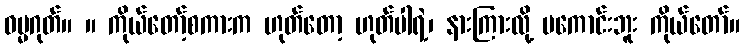
ဓမ္မဂုတ်။ ။ ကိုယ်တော့်စကားက ဟုတ်တော့ ဟုတ်ပါရဲ့၊ နားကြားလို့ မကောင်းဘူး ကိုယ်တော်။